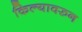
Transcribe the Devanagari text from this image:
किल्यावरुन